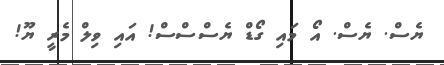
ޔެސް. ޔެސް. އޯ މައި ގޯޑް ޔެސްސްސް! އައި ވިލް މެރީ ޔޫ!